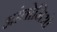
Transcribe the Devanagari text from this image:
आंतोनिओ